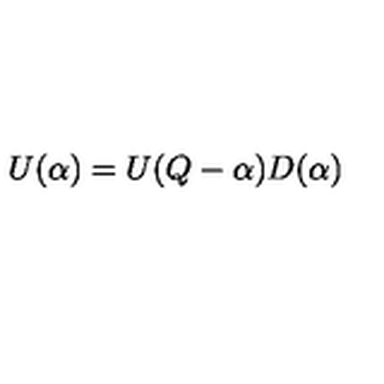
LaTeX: U ( \alpha ) = U ( Q - \alpha ) D ( \alpha )